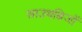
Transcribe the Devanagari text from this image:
साउथब्रिजों